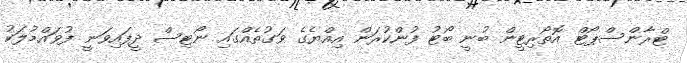
ޓްރާންސްޕޯޓް އޮތޯރިޓީން ބުނީ ބޯޓު ފުންކުރަން އިއްޔެގެ ވަގުތެއްގައި ނޯޓިސް ދީފައިވަނީ ފުވައްމުލަކު